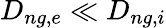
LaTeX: D_{ng,e}\ll D_{ng,i}